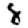
Digit: 8